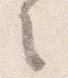
之